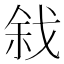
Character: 𢧅